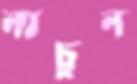
নাচুন